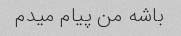
باشه من پیام میدم